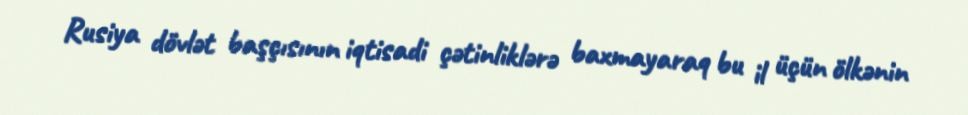
Rusiya dövlət başçısının iqtisadi çətinliklərə baxmayaraq bu il üçün ölkənin